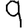
Digit: 9